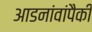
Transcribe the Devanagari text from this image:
आडनांवांपैकी